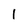
Character: 1